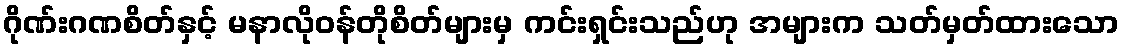
ဂိုဏ်းဂဏစိတ်နှင့် မနာလိုဝန်တိုစိတ်များမှ ကင်းရှင်းသည်ဟု အများက သတ်မှတ်ထားသော